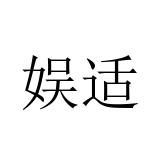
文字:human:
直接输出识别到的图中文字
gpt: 娱适